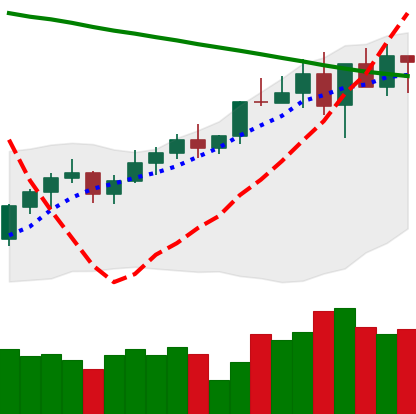
Ticker: BNB-USD
Chart end date: 2022-04-04
Forward return: -4.552%
Label: down_3_5